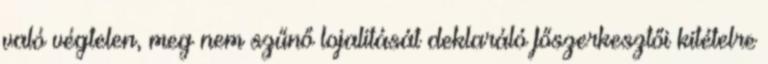
való végtelen, meg nem szűnő lojalitását deklaráló főszerkesztői kitételre